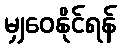
မျှဝေနိုင်ရန်